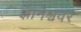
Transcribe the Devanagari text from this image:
ज्ञानेश्ववर